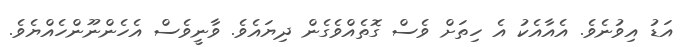
އަޑު އިވުނެވެ. އެއާއެކު އެ ހިތަށް ވެސް ގޮތެއްވެގެން ދިޔައެވެ. ވާނީވެސް އެހެންނޫންހެއްޔެވެ.